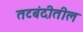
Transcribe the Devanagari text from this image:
तटबंदीतील